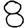
Digit: 8